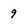
Character: 9